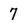
Character: 7